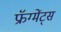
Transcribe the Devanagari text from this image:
फ्रॅग्मेंट्स